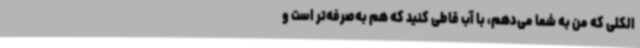
الکلی که من به شما می‌دهم، با آب قاطی ‌کنید که هم به‌صرفه‌تر است و